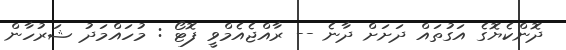
ދޮންކެޔޮގެ އަގުތައް ދަށަށް ދާނެ -- ރާއްޖެއެމްވީ ފޮޓޯ : މުހައްމަދު ޝަރުހާން